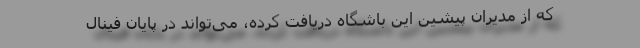
که از مدیران پیشین این باشگاه دریافت کرده، می‌تواند در پایان فینال